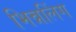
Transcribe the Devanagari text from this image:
भिन्नलिंग